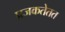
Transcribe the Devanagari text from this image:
प्रजकतेतत